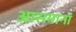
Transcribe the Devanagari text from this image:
आसमानां